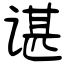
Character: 谌